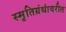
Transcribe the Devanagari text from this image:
स्मृतिग्रंथांवरील